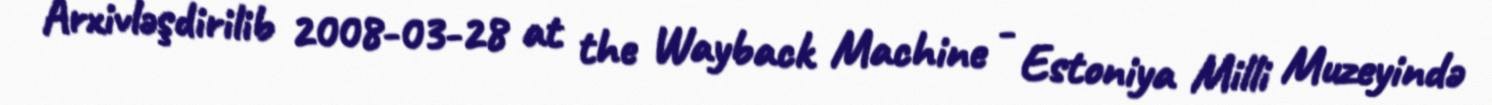
Arxivləşdirilib 2008-03-28 at the Wayback Machine - Estoniya Milli Muzeyində